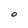
Character: O